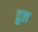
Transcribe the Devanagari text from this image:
द्रुल